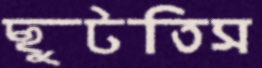
ছুটতিস